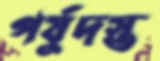
পর্যুদস্ত